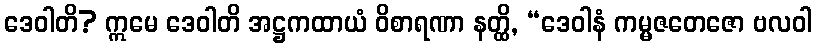
ဒေဝါတိ? ဣမေ ဒေဝါတိ အဋ္ဌကထာယံ ဝိစာရဏာ နတ္ထိ, “ဒေဝါနံ ကမ္မဇတေဇော ဗလဝါ